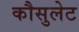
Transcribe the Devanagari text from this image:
कौसुलेट